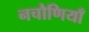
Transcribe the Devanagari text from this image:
नचौणियाँ